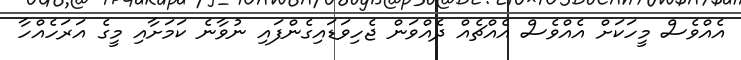
އެއްވެސް މީހަކަށް އެއްވެސް އެއްޗެއް ދެއްވަން ޖެހިވަޑައިގެންފައި ނުވާނެ ކަމަށާއި މީގެ އަރަހެއްހާ